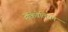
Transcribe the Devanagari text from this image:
मेकिवेलियन